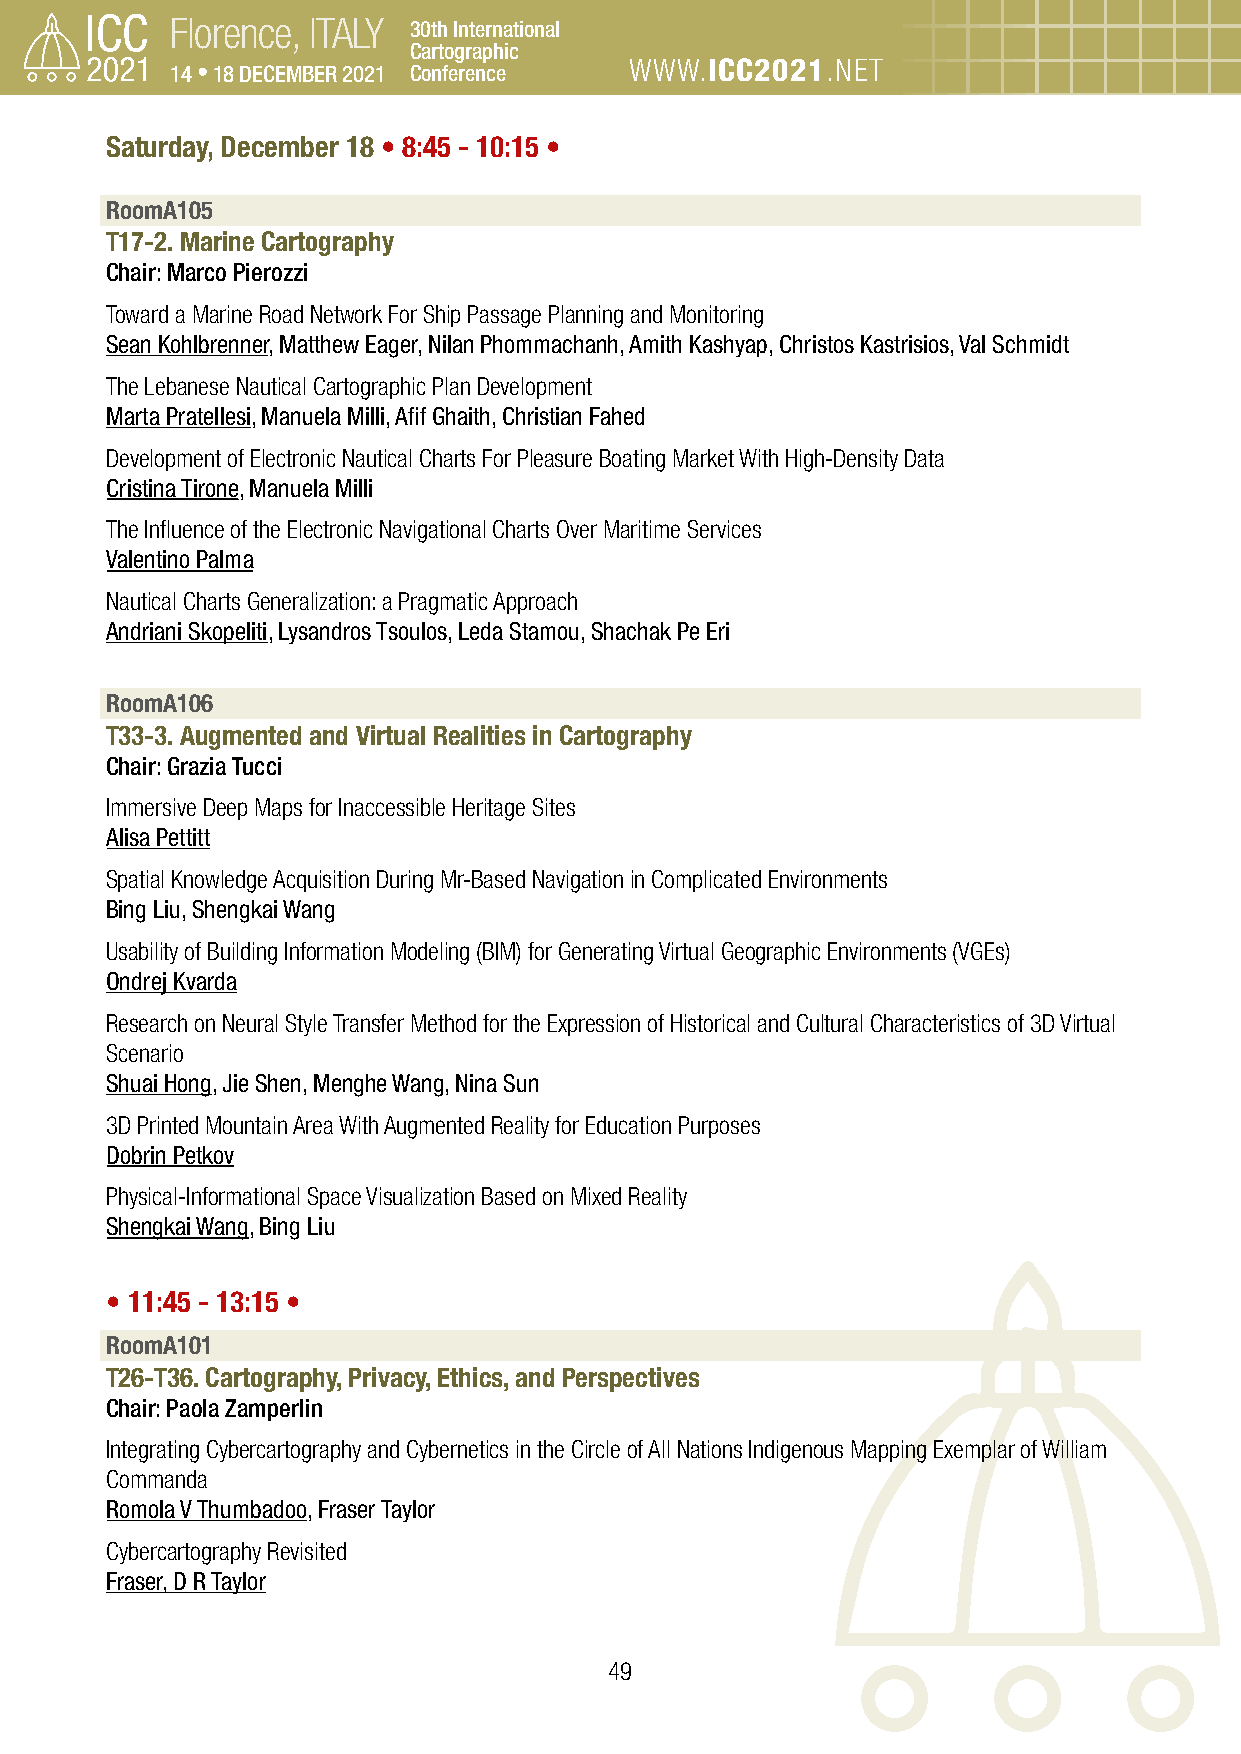
Florence, ITALY 30th International
 Cartographic
 14 • 18 DECEMBER 2021 Conference WWW.ICC2021.NET
 Saturday, December 18 • 8:45 - 10:15 •
 RoomA105
 T17-2. Marine Cartography
 Chair: Marco Pierozzi
 Toward a Marine Road Network For Ship Passage Planning and Monitoring
 Sean Kohlbrenner, Matthew Eager, Nilan Phommachanh, Amith Kashyap, Christos Kastrisios, Val Schmidt
 The Lebanese Nautical Cartographic Plan Development
 Marta Pratellesi, Manuela Milli, Afif Ghaith, Christian Fahed
 Development of Electronic Nautical Charts For Pleasure Boating Market With High-Density Data
 Cristina Tirone, Manuela Milli
 The Influence of the Electronic Navigational Charts Over Maritime Services
 Valentino Palma
 Nautical Charts Generalization: a Pragmatic Approach
 Andriani Skopeliti, Lysandros Tsoulos, Leda Stamou, Shachak Pe Eri
 RoomA106
 T33-3. Augmented and Virtual Realities in Cartography
 Chair: Grazia Tucci
 Immersive Deep Maps for Inaccessible Heritage Sites
 Alisa Pettitt
 Spatial Knowledge Acquisition During Mr-Based Navigation in Complicated Environments
 Bing Liu, Shengkai Wang
 Usability of Building Information Modeling (BIM) for Generating Virtual Geographic Environments (VGEs)
 Ondrej Kvarda
 Research on Neural Style Transfer Method for the Expression of Historical and Cultural Characteristics of 3D Virtual
 Scenario
 Shuai Hong, Jie Shen, Menghe Wang, Nina Sun
 3D Printed Mountain Area With Augmented Reality for Education Purposes
 Dobrin Petkov
 Physical-Informational Space Visualization Based on Mixed Reality
 Shengkai Wang, Bing Liu
 • 11:45 - 13:15 •
 RoomA101
 T26-T36. Cartography, Privacy, Ethics, and Perspectives
 Chair: Paola Zamperlin
 Integrating Cybercartography and Cybernetics in the Circle of All Nations Indigenous Mapping Exemplar of William
 Commanda
 Romola V Thumbadoo, Fraser Taylor
 Cybercartography Revisited
 Fraser, D R Taylor
 49